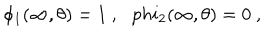
\phi _ { 1 } ( \infty , \theta ) = 1 \ , \ \ \, p h i _ { 2 } ( \infty , \theta ) = 0 \ ,